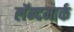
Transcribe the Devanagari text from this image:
लॅन्दमार्क